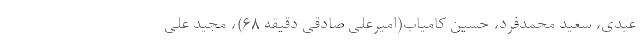
عبدی، سعید محمدفرد، حسین کامیاب(امیرعلی صادقی دقیقه ۶۸)، مجید علی